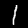
Label: 1